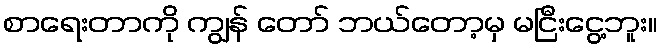
စာရေးတာကို ကျွန် တော် ဘယ်တော့မှ မငြီးငွေ့ဘူး။